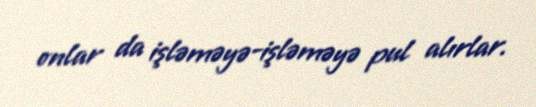
onlar da işləməyə-işləməyə pul alırlar.